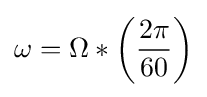
\omega =\Omega *\left({\frac {2\pi }{60}}\right)